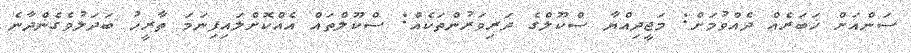
ސަންއަށް ޚަބަރެއް ދެއްވުމަށް: މަޖީދިއްޔާ ސްކޫލްގެ ދަރިވަރުންތަކެއް: ސްކޫލްތައް އެއްކޮށްލައިފިނަމަ ތާރީހު ބަދަލުވެގެންދާނެ